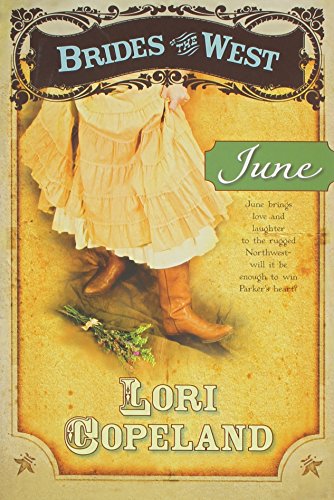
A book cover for June (Brides of the West #2); Lori Copeland; Religion & Spirituality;